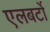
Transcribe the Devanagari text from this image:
एलबर्टो